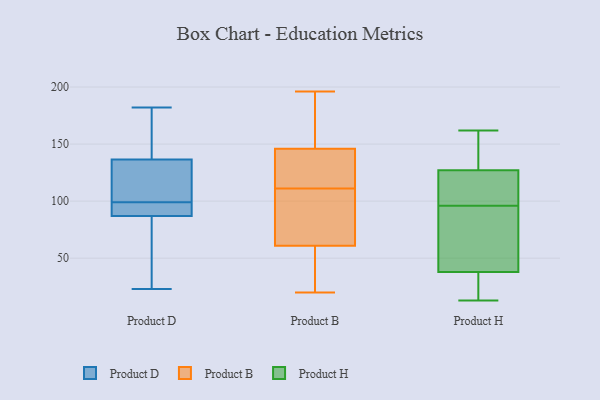
{"axis": {"x": "Tickets Resolved", "y": "Value"}, "legend": ["Product B", "Product D", "Product H"], "data": [{"x": "", "y": 100, "type": "Product D"}, {"x": "", "y": 117, "type": "Product D"}, {"x": "", "y": 98, "type": "Product D"}, {"x": "", "y": 92, "type": "Product D"}, {"x": "", "y": 97, "type": "Product D"}, {"x": "", "y": 157, "type": "Product D"}, {"x": "", "y": 182, "type": "Product D"}, {"x": "", "y": 38, "type": "Product D"}, {"x": "", "y": 23, "type": "Product D"}, {"x": "", "y": 131, "type": "Product D"}, {"x": "", "y": 142, "type": "Product D"}, {"x": "", "y": 82, "type": "Product D"}, {"x": "", "y": 94, "type": "Product B"}, {"x": "", "y": 25, "type": "Product B"}, {"x": "", "y": 109, "type": "Product B"}, {"x": "", "y": 183, "type": "Product B"}, {"x": "", "y": 45, "type": "Product B"}, {"x": "", "y": 20, "type": "Product B"}, {"x": "", "y": 80, "type": "Product B"}, {"x": "", "y": 196, "type": "Product B"}, {"x": "", "y": 113, "type": "Product B"}, {"x": "", "y": 132, "type": "Product B"}, {"x": "", "y": 115, "type": "Product B"}, {"x": "", "y": 146, "type": "Product B"}, {"x": "", "y": 165, "type": "Product B"}, {"x": "", "y": 75, "type": "Product B"}, {"x": "", "y": 61, "type": "Product B"}, {"x": "", "y": 155, "type": "Product B"}, {"x": "", "y": 23, "type": "Product B"}, {"x": "", "y": 145, "type": "Product B"}, {"x": "", "y": 127, "type": "Product H"}, {"x": "", "y": 155, "type": "Product H"}, {"x": "", "y": 162, "type": "Product H"}, {"x": "", "y": 97, "type": "Product H"}, {"x": "", "y": 20, "type": "Product H"}, {"x": "", "y": 106, "type": "Product H"}, {"x": "", "y": 26, "type": "Product H"}, {"x": "", "y": 130, "type": "Product H"}, {"x": "", "y": 55, "type": "Product H"}, {"x": "", "y": 95, "type": "Product H"}, {"x": "", "y": 85, "type": "Product H"}, {"x": "", "y": 38, "type": "Product H"}, {"x": "", "y": 13, "type": "Product H"}, {"x": "", "y": 101, "type": "Product H"}]}